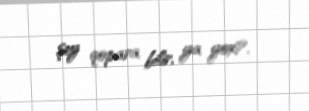
şey qopara bilir, ya yox?.